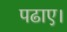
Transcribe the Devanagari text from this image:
पढाए।